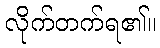
လိုက်တက်ရ၏။